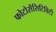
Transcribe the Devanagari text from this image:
फोटोसेंसिटिविटी